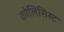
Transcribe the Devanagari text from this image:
कोलिसिस्ट